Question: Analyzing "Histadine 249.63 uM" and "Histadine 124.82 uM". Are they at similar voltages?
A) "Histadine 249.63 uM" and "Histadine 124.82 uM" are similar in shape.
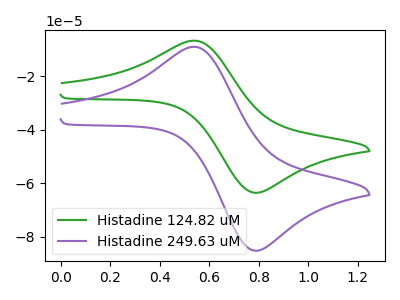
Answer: <think>The green curve "Histadine 124.82 uM" has an anodic peak at (0.55V, -6.75uA) and a cathodic peak at (0.80V, -63.45uA). The purple curve "Histadine 249.63 uM" has an anodic peak at (0.55V, -9.05uA) and a cathodic peak at (0.80V, -85.05uA).
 All the peaks in "Histadine 249.63 uM" have a peak in "Histadine 124.82 uM" at the same potential.</think>
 <answer>A) "Histadine 249.63 uM" and "Histadine 124.82 uM" are similar in shape.</answer>
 <eval>A</eval>